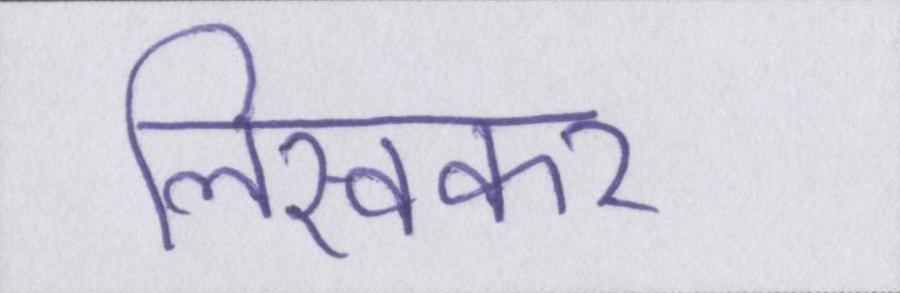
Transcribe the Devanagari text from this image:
लिखकर